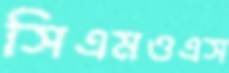
সিএমওএস